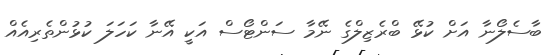
ބާސެލޯނާ އަށް ކުޅޭ ބްރެޒިލްގެ ނޭމާ ސަންޓޯސް އަކީ އޭނާ ކަހަލަ ކުޅުންތެރިއެއް